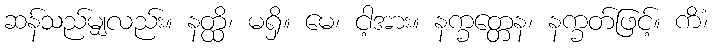
ဆန်သည်မျှလည်း။ နတ္ထိ၊ မရှိ။ မေ၊ ငါ့အား။ နက္ခတ္တေန၊ နက္ခတ်ဖြင့်။ ကိံ၊